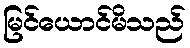
မြင်ယောင်မိသည်